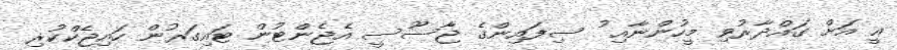
އީ އަށް ގައްދާރުވި މީހުންނާއި ު ސިފައިންގެ ޖާސޫސީ އެޖެންޓުން ޓައިގަރުން ހައިޖެކްކުރި